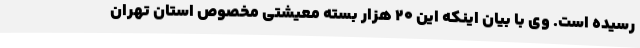
رسیده است. وی با بیان اینکه این 20 هزار بسته معیشتی مخصوص استان تهران